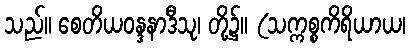
သည်။ စေတိယဝန္ဒနာဒီသု၊ တို့၌။ (သက္ကစ္စကိရိယာယ၊